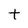
Character: t